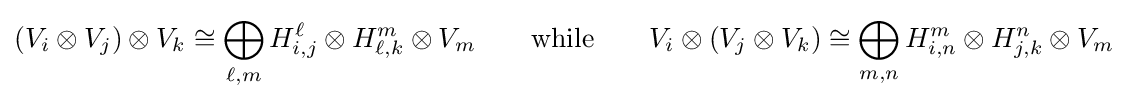
(V_{i}\otimes V_{j})\otimes V_{k}\cong \bigoplus _{\ell ,m}H_{i,j}^{\ell }\otimes H_{\ell ,k}^{m}\otimes V_{m}\qquad {\text{while}}\qquad V_{i}\otimes (V_{j}\otimes V_{k})\cong \bigoplus _{m,n}H_{i,n}^{m}\otimes H_{j,k}^{n}\otimes V_{m}